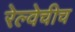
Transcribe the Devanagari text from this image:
रेल्वेचीच